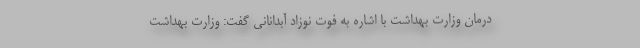
درمان وزارت بهداشت با اشاره به فوت نوزاد آبدانانی گفت: وزارت بهداشت